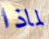
لماذا